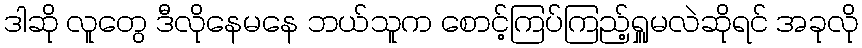
ဒါဆို လူတွေ ဒီလိုနေမနေ ဘယ်သူက စောင့်ကြပ်ကြည့်ရှူမလဲဆိုရင် အခုလို